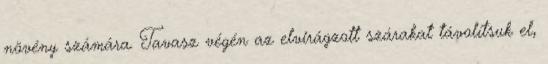
növény számára. Tavasz végén az elvirágzott szárakat távolítsuk el,